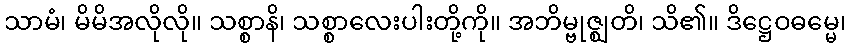
သာမံ၊ မိမိအလိုလို။ သစ္စာနိ၊ သစ္စာလေးပါးတို့ကို။ အဘိမ္ဗုဇ္ဈတိ၊ သိ၏။ ဒိဋ္ဌေဝဓမ္မေ၊